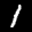
Label: 1